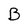
Character: B